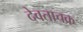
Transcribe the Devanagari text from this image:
देवताचक्र